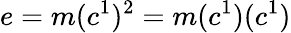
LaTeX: e=m(c^{1})^{2}=m(c^{1})(c^{1})